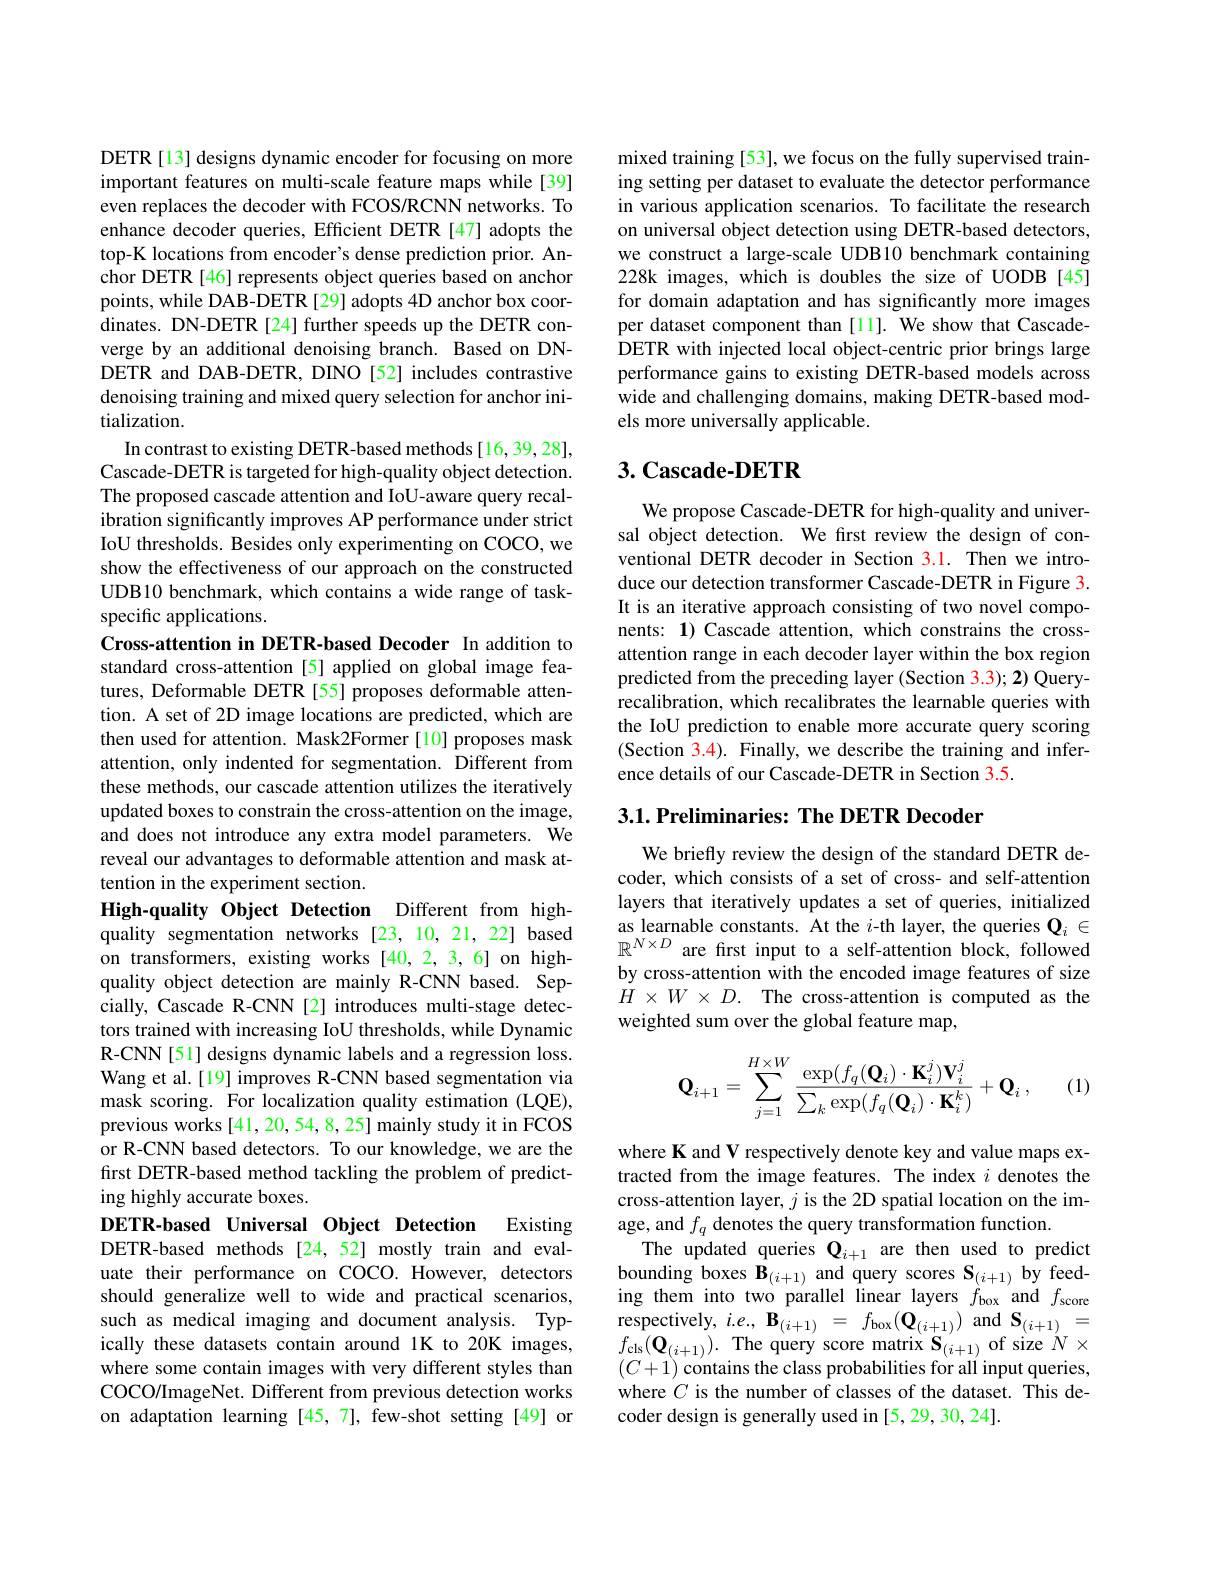
DETR [13] designs dynamic encoder for focusing on more

Cross-attention in DETR-based Decoder In addition to standard cross-attention [5] applied on global image features, Deformable DETR [55] proposes deformable attention. A set of 2D image locations are predicted, which are then used for attention. Mask2Former [10] proposes mask attention, only indented for segmentation. Different from these methods, our cascade attention utilizes the iteratively updated boxes to constrain the cross-attention on the image, and does not introduce any extra model parameters. We reveal our advantages to deformable attention and mask attention in the experiment section.

important features on multi-scale feature maps while[39] even replaces the decoder with FCOS/RCNN networks. To enhance decoder queries, Efficient DETR [47] adopts the top-K locations from encoder's dense prediction prior. Anchor DETR [46] represents object queries based on anchor points, while DAB-DETR [29] adopts 4D anchor box coordinates. DN-DETR[24] further speeds up the DETR converge by an additional denoising branch. Based on DNDETR and DAB-DETR, DINO [52] includes contrastive denoising training and mixed query selection for anchor initialization.
In contrast to existing DETR-based methods [16, 39, 28], Cascade-DETR is targeted for high-quality object detection. The proposed cascade attention and IoU-aware query recalibration significantly improves AP performance under strict IoU thresholds. Besides only experimenting on COCO, we show the effectiveness of our approach on the constructed UDB10 benchmark, which contains a wide range of taskspecific applications.
High-quality Object Detection Different from highquality segmentation networks [23,10,21,22] based on transformers, existing works [40,2,3,6] on highquality object detection are mainly R-CNN based. Sepcially, Cascade R-CNN [2] introduces multi-stage detectors trained with increasing IoU thresholds, while Dynamic R-CNN[51] designs dynamic labels and a regression loss. Wang et al.[19] improves R-CNN based segmentation via mask scoring. For localization quality estimation (LQE), previous works [41,20,54,8,25] mainly study it in FCOS or R-CNN based detectors. To our knowledge, we are the first DETR-based method tackling the problem of predicting highly accurate boxes.
DETR-based Universal Object Detection
Existing
DETR-based methods [24,52] mostly train and evaluate their performance on COCO. However, detectors should generalize well to wide and practical scenarios, such as medical imaging and document analysis. Typically these datasets contain around 1K to 20K images, where some contain images with very different styles than COCO/ImageNet. Different from previous detection works on adaptation learning [45,7], few-shot setting [49] or

mixed training [53], we focus on the fully supervised training setting per dataset to evaluate the detector performance in various application scenarios. To facilitate the research on universal object detection using DETR-based detectors, we construct a large-scale UDB10 benchmark containing 228k images, which is doubles the size of UODB [45] for domain adaptation and has significantly more images per dataset component than [11]. We show that CascadeDETR with injected local object-centric prior brings large performance gains to existing DETR-based models across wide and challenging domains, making DETR-based models more universally applicable.

## 3. Cascade-DETR

We propose Cascade-DETR for high-quality and universal object detection. We first review the design of conventional DETR decoder in Section 3.1. Then we introduce our detection transformer Cascade-DETR in Figure 3. It is an iterative approach consisting of two novel components: $\mathbf{1}$) Cascade attention, which constrains the crossattention range in each decoder layer within the box region predicted from the preceding layer (Section 3.3); 2) Queryrecalibration, which recalibrates the learnable queries with the IoU prediction to enable more accurate query scoring (Section 3.4). Finally, we describe the training and inference details of our Cascade-DETR in Section 3.5.

3.1. Preliminaries: The DETR Decoder

We briefly review the design of the standard DETR decoder, which consists of a set of cross- and self-attention layers that iteratively updates a set of queries, initialized as learnable constants. At the $i$-th layer, the queries $\mathbf{Q}_i\in$ $\mathbb{R}^{N\times D}$ are first input to a self-attention block, followed by cross-attention with the encoded image features of size $H\times W\times D.$ The cross-attention is computed as the weighted sum over the global feature map,
$$\mathbf{Q}_{i+1}=\sum_{j=1}^{H\times W}\frac{\exp(f_q(\mathbf{Q}_i)\cdot\mathbf{K}_i^j)\mathbf{V}_i^j}{\sum_k\exp(f_q(\mathbf{Q}_i)\cdot\mathbf{K}_i^k)}+\mathbf{Q}_i\:,$$
(1)

where K and V respectively denote key and value maps extracted from the image features. The index $i$ denotes the cross-attention layer, $j$ is the 2D spatial location on the image, and $f_q$ denotes the query transformation function.
The updated queries $\mathbf{Q}_{i+1}$ are then used to predict bounding boxes $\mathbf{B}_{(i+1)}$ and query scores $\mathbf{S}_{(i+1)}$ by feeding them into two parallel linear layers $f_\mathrm{box}$ and $f_\mathrm{score}$ respectively,$i.e.,\mathbf{B}_{(i+1)}=f_{\mathrm{box}}(\mathbf{Q}_{(i+1)})$and$\mathbf{S}_{(i+1)}=$ $f_{\mathrm{cls}}(\mathbf{Q}_{(i+1)}).$The query score matrix $\mathbf{S}_{(i+1)}$of size $N\times$ $(C+1)$ contains the class probabilities for all input queries, where $C$ is the number of classes of the dataset. This decoder design is generally used in [5,29,30,24].